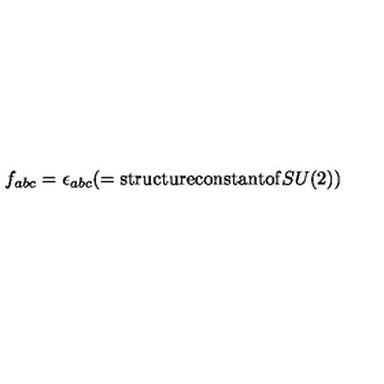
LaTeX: f _ { a b c } = \epsilon _ { a b c } ( = \mathrm { s t r u c t u r e c o n s t a n t o f } S U ( 2 ) )